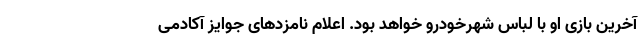
آخرین بازی او با لباس شهرخودرو خواهد بود. اعلام نامزدهای جوایز آکادمی